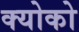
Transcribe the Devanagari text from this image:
क्योको